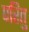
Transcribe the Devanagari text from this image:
परितु